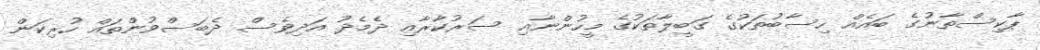
ޕާކިސްތާނުގެ ބައެއް ހިސާބުތަކުގެ ގަބީލާތަކުގެ މީހުންނާއި ސަރުކާރާއި ދެމެދު އަދިވެސް ދެބަސްވުންތައް ހުރިކަން